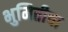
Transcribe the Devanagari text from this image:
भुमितीचा